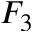
F _ { 3 }